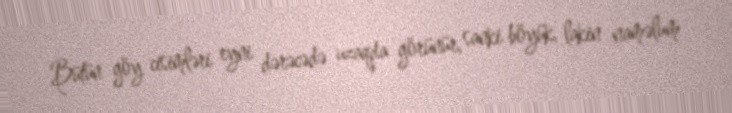
Bütün göy cisimləri eyni dərəcədə uzaqda görünür, sanki böyük, lakin naməlum